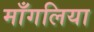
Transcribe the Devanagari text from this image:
माँगलिया